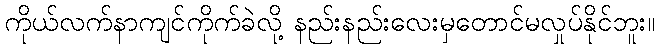
ကိုယ်လက်နာကျင်ကိုက်ခဲလို့ နည်းနည်းလေးမှတောင်မလှုပ်နိုင်ဘူး။